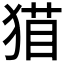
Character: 𰡝